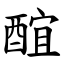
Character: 䣾